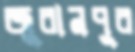
জুরানপুর